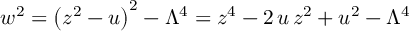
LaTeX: w ^ { 2 } = \left( z ^ { 2 } - u \right) ^ { 2 } - \Lambda ^ { 4 } = z ^ { 4 } - 2 \, u \, z ^ { 2 } + u ^ { 2 } - \Lambda ^ { 4 }